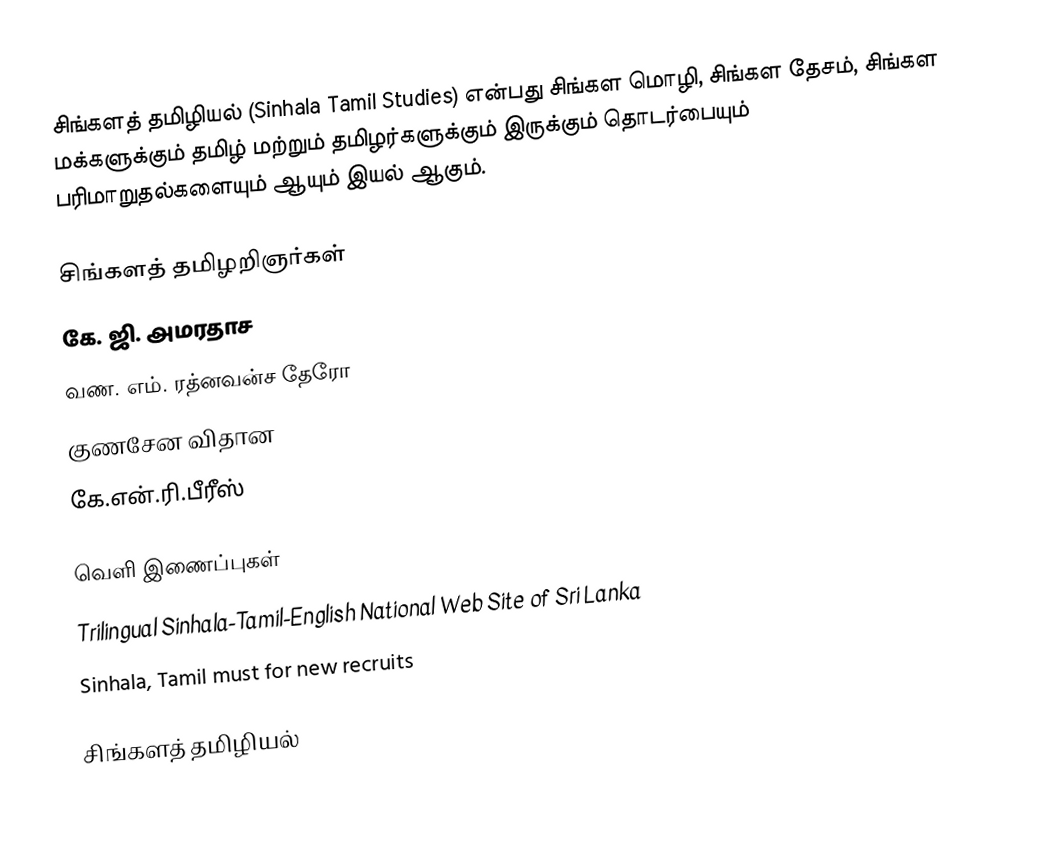
சிங்களத் தமிழியல் (Sinhala Tamil Studies) என்பது சிங்கள மொழி, சிங்கள தேசம், சிங்கள மக்களுக்கும் தமிழ் மற்றும் தமிழர்களுக்கும் இருக்கும் தொடர்பையும் பரிமாறுதல்களையும் ஆயும் இயல் ஆகும்.

சிங்களத் தமிழறிஞர்கள்
கே. ஜி. அமரதாச
வண. எம். ரத்னவன்ச தேரோ
குணசேன விதான
கே.என்.ரி.பீரீஸ்

வெளி இணைப்புகள்
 Trilingual Sinhala-Tamil-English National Web Site of Sri Lanka
 Sinhala, Tamil must for new recruits

சிங்களத் தமிழியல்